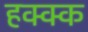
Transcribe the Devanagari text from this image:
हक्क्क